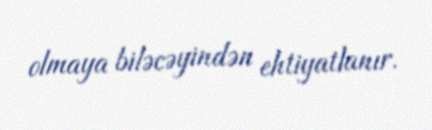
olmaya biləcəyindən ehtiyatlanır.